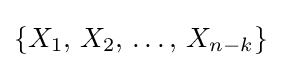
\{X_{1},\,X_{2},\,\ldots ,\,X_{n-k}\}